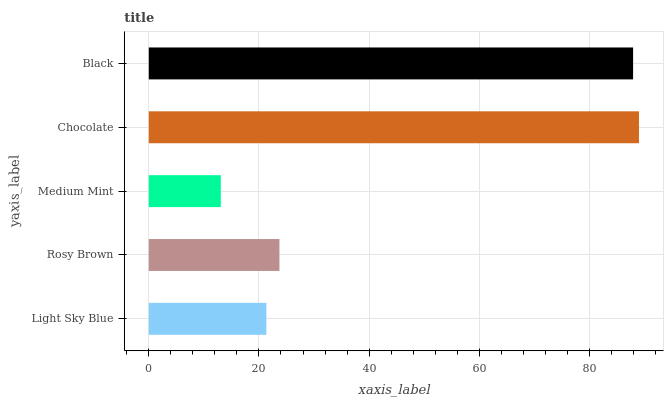
| yaxis_label | bars |
 | --- | --- |
 | Light Sky Blue | 21.4 |
 | Rosy Brown | 23.7 |
 | Medium Mint | 13.1 |
 | Chocolate | 89 |
 | Black | 87.9 |